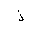
Letter: _thal